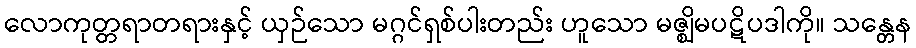
လောကုတ္တရာတရားနှင့် ယှဉ်သော မဂ္ဂင်ရှစ်ပါးတည်း ဟူသော မဇ္ဈိမပဋိပဒါကို။ သန္တေန